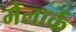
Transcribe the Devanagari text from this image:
मेलार्क